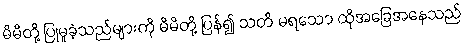
မိမိတို့ ပြုမူခဲ့သည်များကို မိမိတို့ ပြန်၍ သတိ မရသော ထိုအခြေအနေသည်